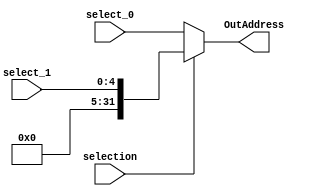
`timescale 1ns / 1ps
//////////////////////////////////////////////////////////////////////////////////
// Company: 
// Engineer: 
// 
// Design Name: 
// Module Name: Multiplexer2_32_5
// Project Name: 
// Target Devices: 
// Tool Versions: 
// Description: 
// 
// Dependencies: 
// 
// Revision:
// Revision 0.01 - File Created
// Additional Comments:
// 
//////////////////////////////////////////////////////////////////////////////////

module Multiplexer2_32_5 (
    input [31:0] select_0,
    input [4:0] select_1,
    input selection,
    output [31:0] OutAddress
    );

    assign OutAddress = (selection == 0 ? select_0 : {27'b000000000000000000000000000 , select_1});
    
endmodule